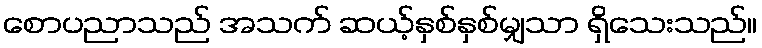
စောပညာသည် အသက် ဆယ့်နှစ်နှစ်မျှသာ ရှိသေးသည်။